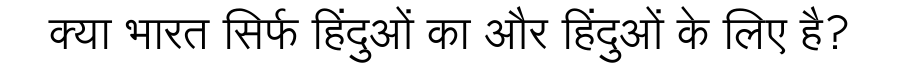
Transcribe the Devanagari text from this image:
क्या भारत सिर्फ हिंदुओं का और हिंदुओं के लिए है?